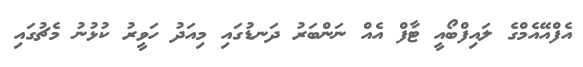
އެފްއޭއެމްގެ ލައިފްބޯއީ ޓާފް އެއް ނަންބަރު ދަނޑުގައި މިއަދު ހަވީރު ކުޅުނު މެޗުގައި